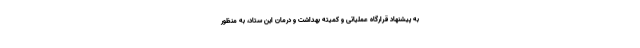
به پیشنهاد قرارگاه عملیاتی و کمیته بهداشت و درمان این ستاد، به منظور